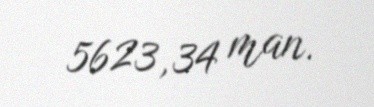
5623,34 man.